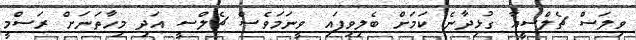
ވިލަސް ޗެލްސީއާ ގުޅިދާނެ ކަމަށް ބެލިވިފައި ވީނަމަވެސް ޗެލްސީ އަދި މިހާތަނަށް ރަސްމީ